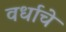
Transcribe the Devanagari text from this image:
वर्धाचे